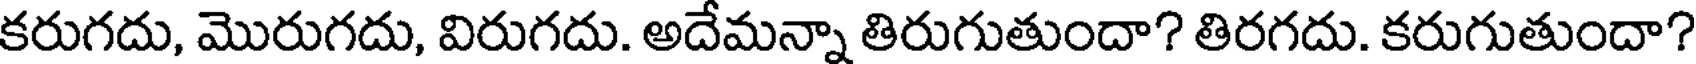
కరుగదు, మొరుగదు, విరుగదు. అదేమన్నా తిరుగుతుందా? తిరగదు. కరుగుతుందా?